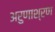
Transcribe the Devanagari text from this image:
अरुणाश्रण